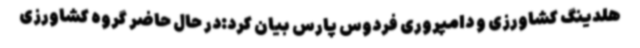
هلدینگ کشاورزی و دامپروری فردوس پارس بیان کرد:در حال حاضر گروه کشاورزی